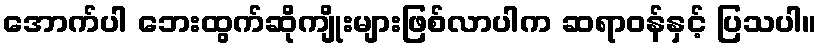
အောက်ပါ ဘေးထွက်ဆိုကျိုးများဖြစ်လာပါက ဆရာဝန်နှင့် ပြသပါ။